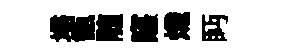
埽甑随窿熾眄